NAE_Eesti_seltside_protokollid_1900-1917, lk 3
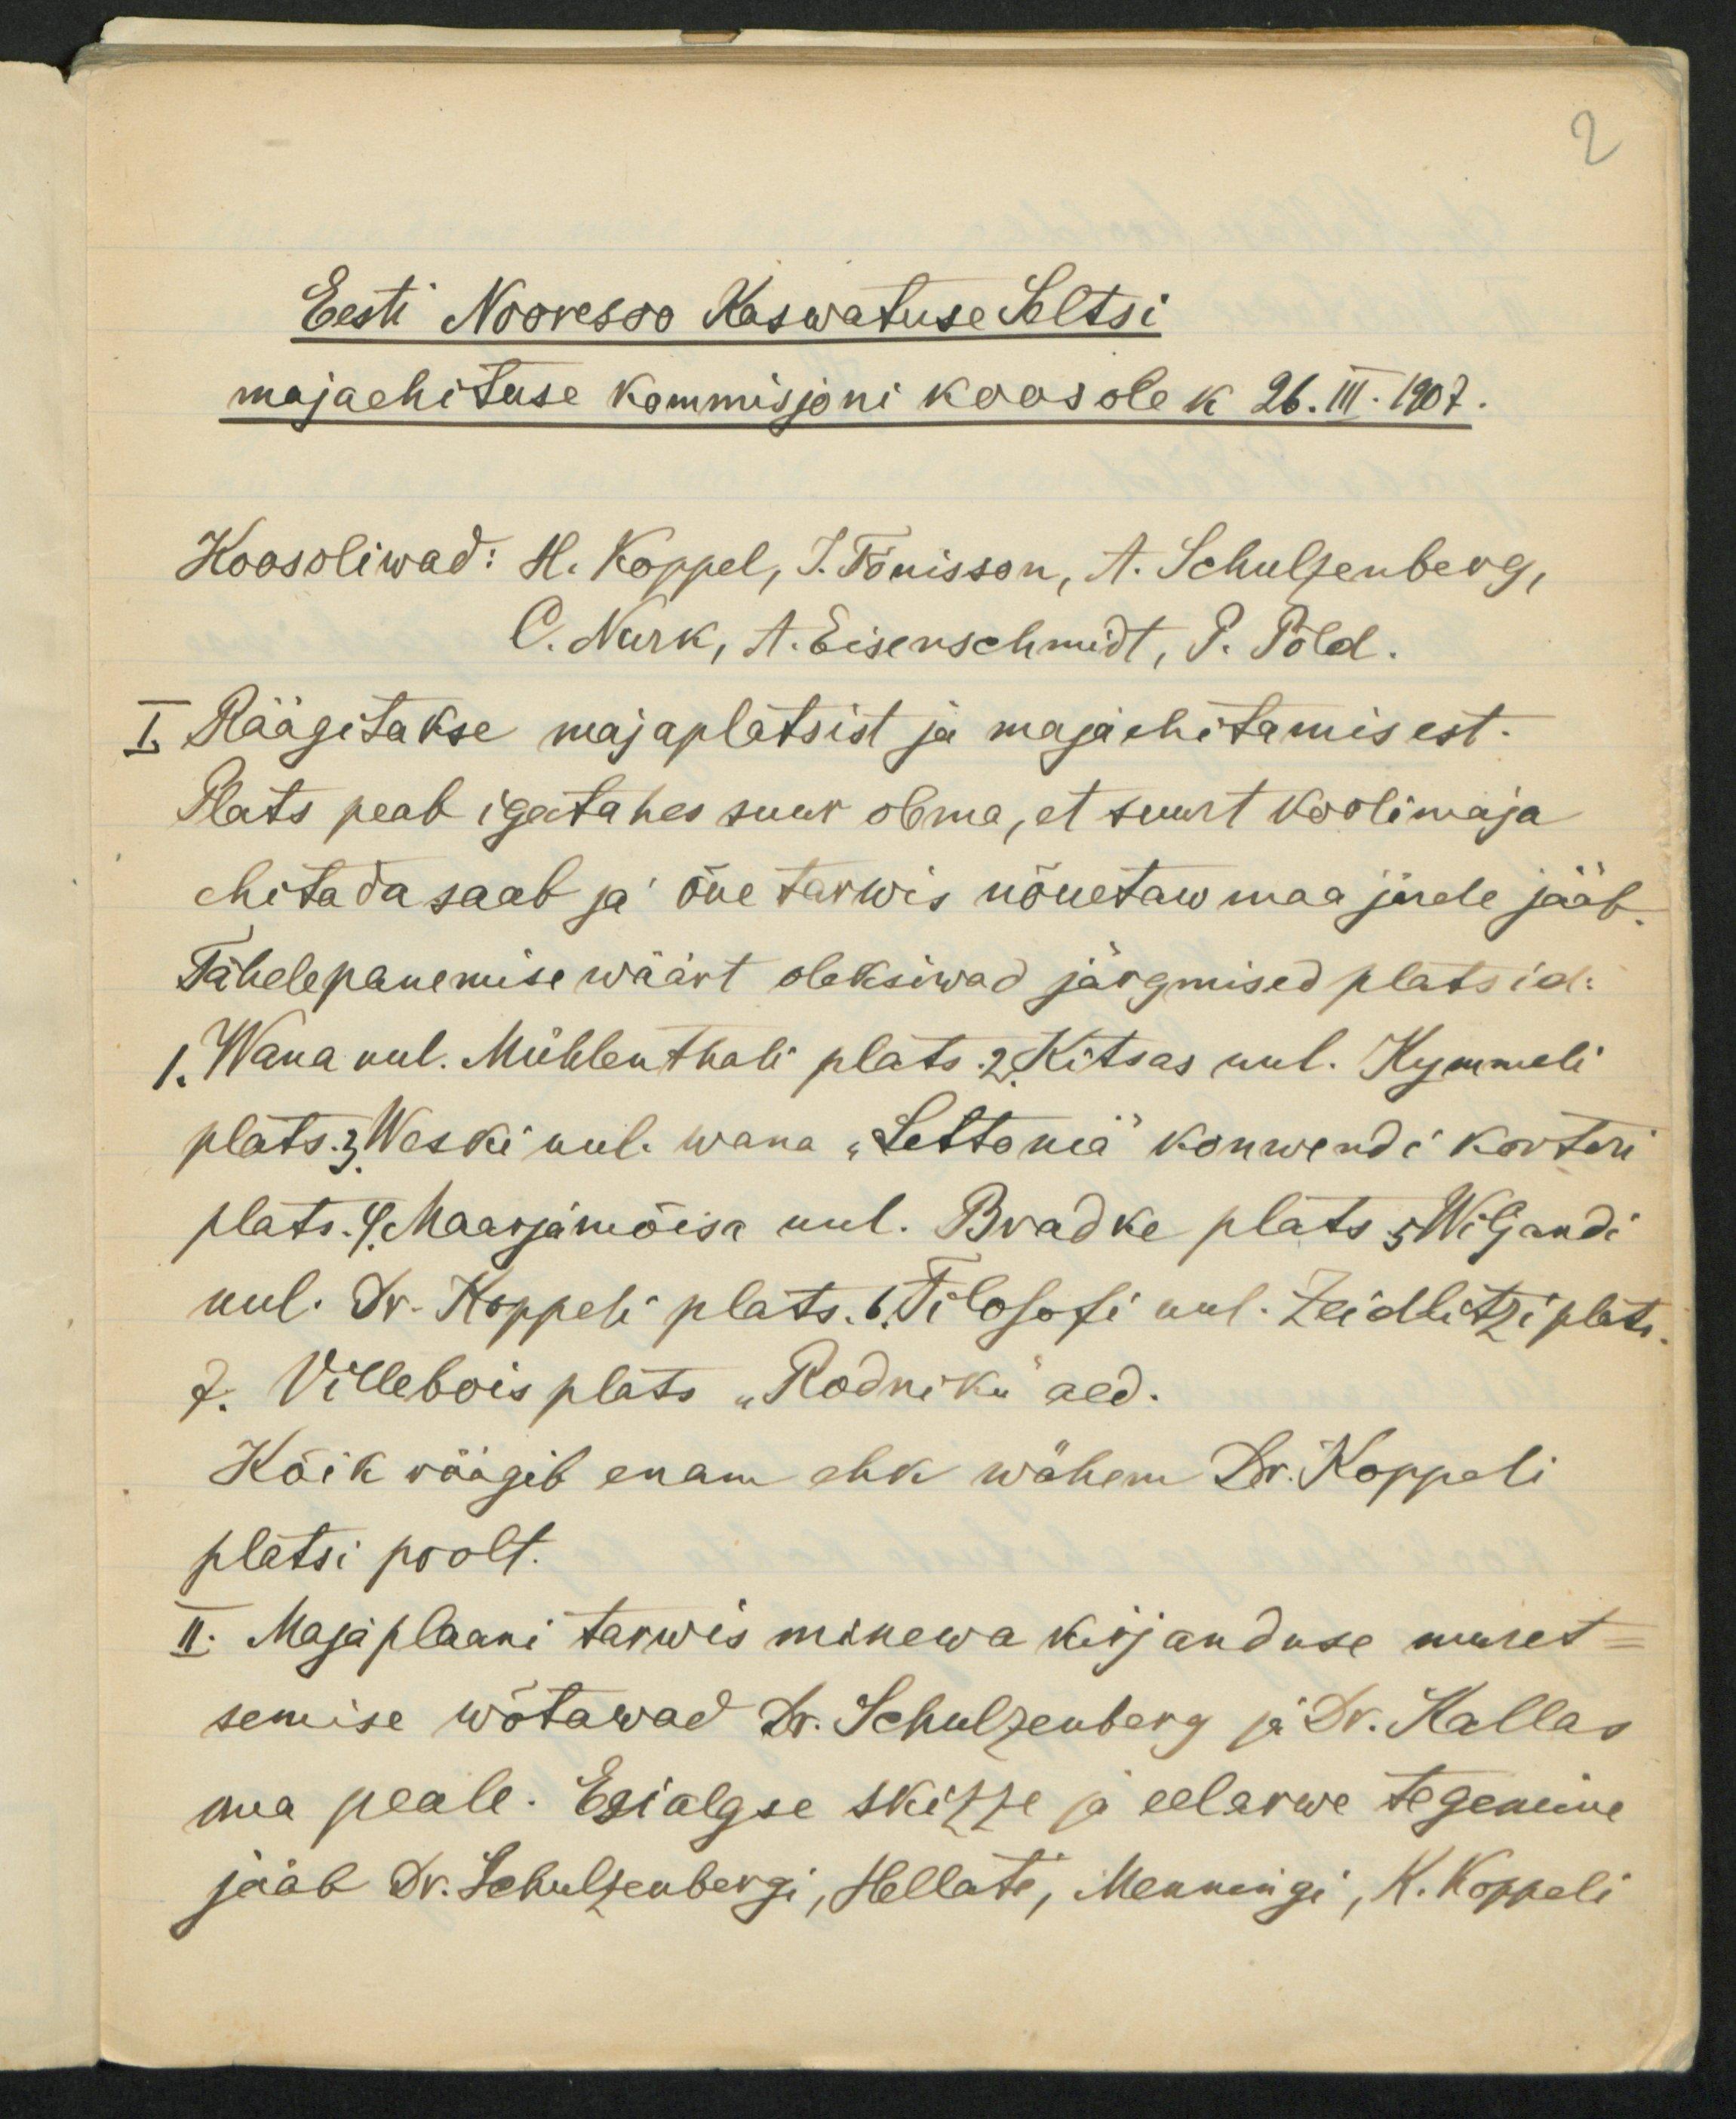
2

Eesti Nooresoo Kaswatuse Seltsi
majaehituse Kommisjoni koosolek 26.III. 1907.
Koosoliwad: H. Koppel, J. Tõnisson, A. Schulzenberg.
O. Nurk, H. Eisenschmidt, P. Põld.
I. Räägitakse majaplatsist ja majaehitamisest.
Plats peab igatahes suur olema, et suurt koolimaja
ehitada saab ja õue tarwis nõuetav maa järele jääb
Tähelepanemise wäärt oleksiwad järgmised platsid:
1.Wana uul. Mühlenthali plats. 2. Kitsas uul. Kymmeli
plats. 3. Weski uul. wana "Lettonia" konwendi korteri
plats. 4. Maarjamõisa uul. Bradke plats 5 Wiljandi
uul. Dr. Koppeli plats. 6. Filosofi uul. Zeidlitzi plats
7. Villebois plats "Rodniku" aed.
Kõik räägib enam ehk wähem Dr. Koppeli
platsi poolt.
I. Maja plaani tarwis minewa kirjanduse muret-
semise wõtawad Dr. Schulzenberg ja Dr. Kallas
oma peale. Esialgse skizze ja eelarwe tegemine
jääb Dr. Schulzenbergi, Hellati, Menningi, H. Koppeli